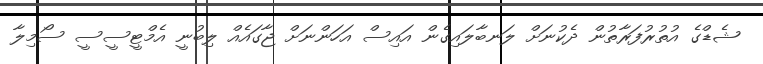
ޝެޑްގެ އުތުރުފަރާތުން ދެކުނަށް ލަނބާލައިގެން އައިސް އަހަންނަށް ޖާގައެއް ލިބުނީ އެމްޓީސީސީ ސޯމިލާ